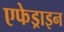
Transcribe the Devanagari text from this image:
एफेड्राइन